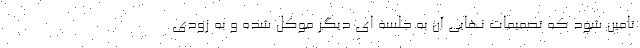
تامین شود که تصمیمات نهایی آن به جلسه ای دیگر موکل شده و به زودی